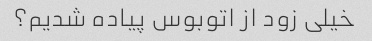
خیلی زود از اتوبوس پیاده شدیم؟